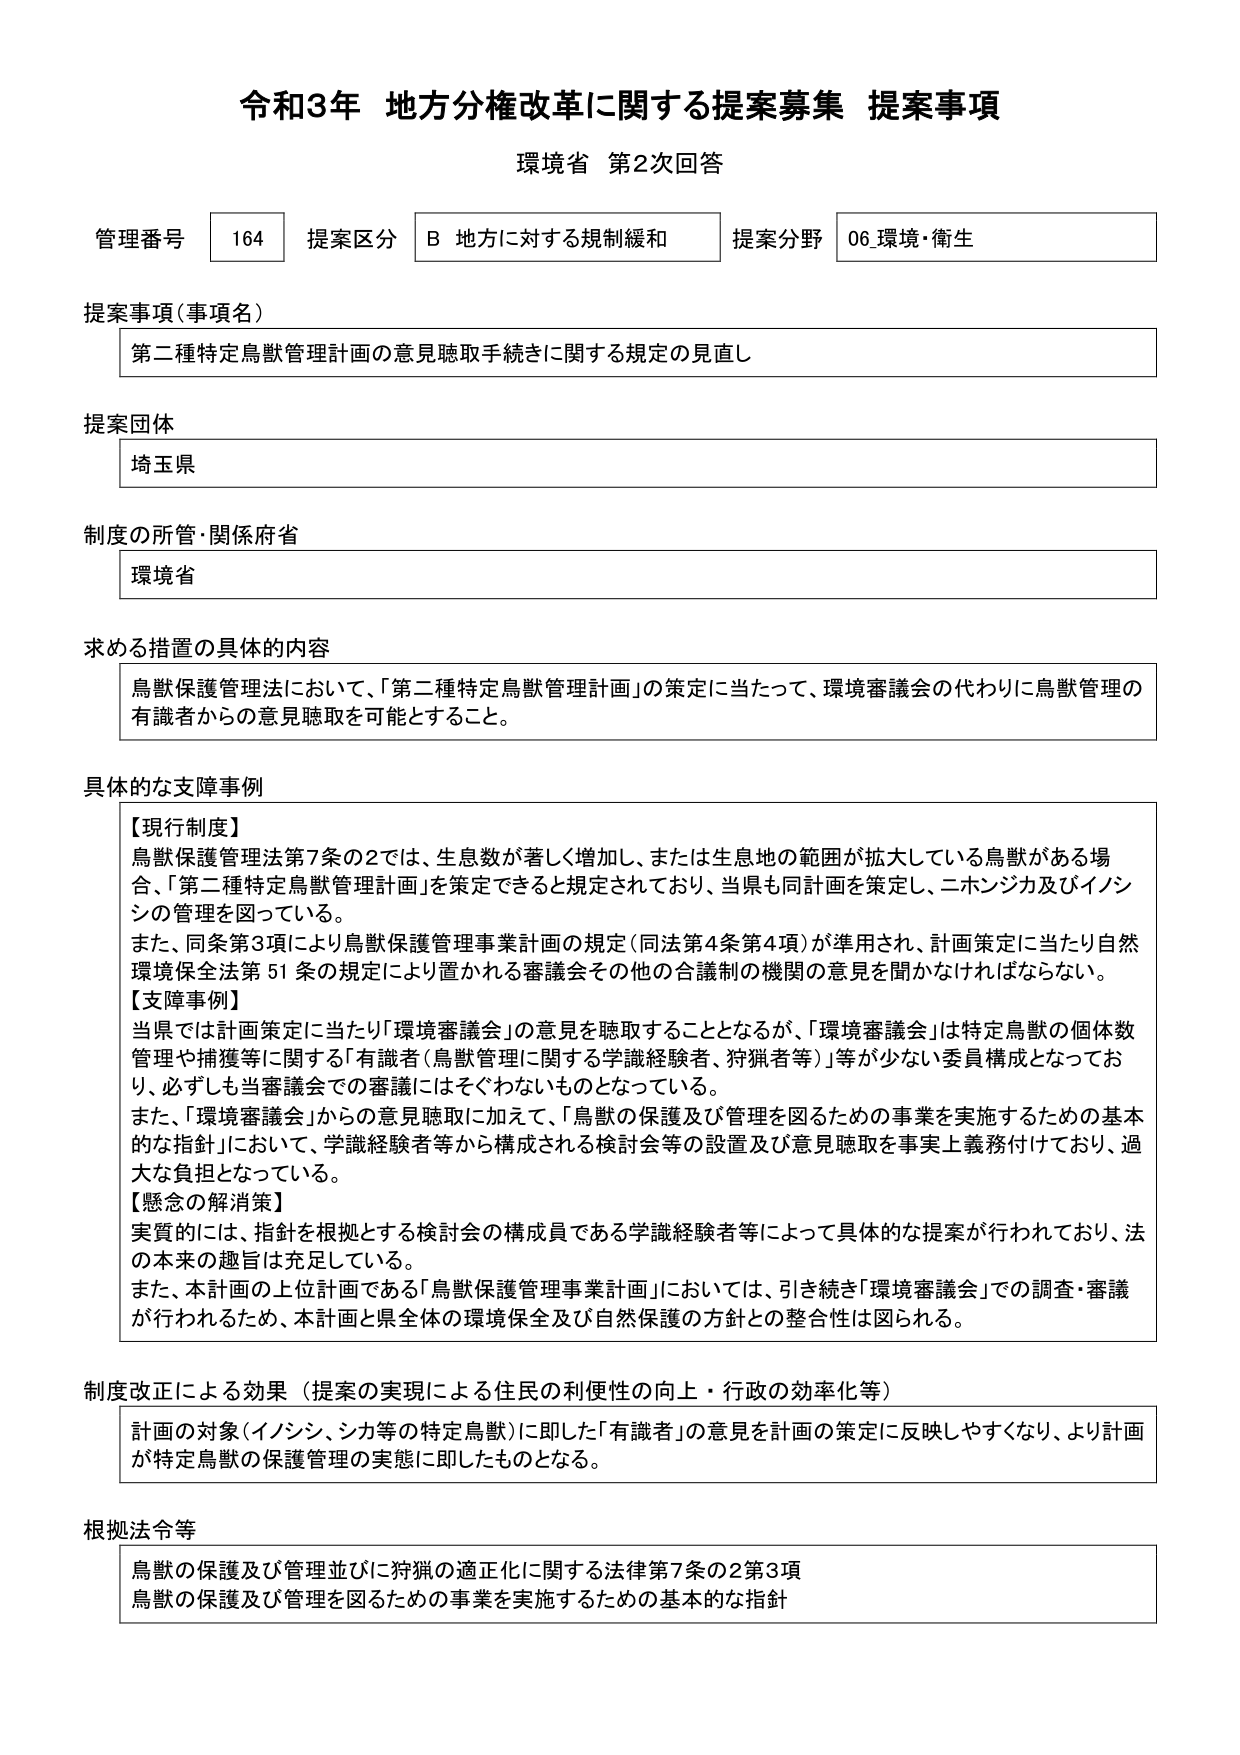
令和3年 地方分権改革に関する提案募集 提案事項
環境省 第2次回答

管理番号 164 提案区分 B 地方に対する規制緩和 提案分野 06 環境・衛生

提案事項（事項名）
第二種特定鳥獣管理計画の意見聴取手続きに関する規定の見直し

提案団体
埼玉県

制度の所管・関係府省
環境省

求める措置の具体的内容
鳥獣保護管理法において、「第二種特定鳥獣管理計画」の策定に当たって、環境審議会の代わりに鳥獣管理の有識者からの意見聴取を可能とすること。

具体的な支障事例
【現行制度】
鳥獣保護管理法第7条の2では、生息数が著しく増加し、または生息地の範囲が拡大している鳥獣がある場合、「第二種特定鳥獣管理計画」を策定できると規定されており、当県も同計画を策定し、ニホンジカ及びイノシシの管理を図っている。
また、同条第3項により鳥獣保護管理事業計画の規定（同法第4条第4項）が準用され、計画策定に当たり自然環境保全法第51条の規定により置かれる審議会その他の合議制の機関の意見を聞かなければならない。

【支障事例】
当県では計画策定に当たり「環境審議会」の意見を聴取することとなるが、「環境審議会」は特定鳥獣の個体数管理や捕獲等に関する「有識者（鳥獣管理に関する学識経験者、狩猟者等）」等が少ない委員構成となっており、必ずしも当審議会での審議にはそぐわないものとなっている。
また、「環境審議会」からの意見聴取に加えて、「鳥獣の保護及び管理を図るための事業を実施するための基本的な指針」において、学識経験者等から構成される検討会等の設置及び意見聴取を事実上義務付けており、過大な負担となっている。

【懸念の解消策】
実質的には、指針を根拠とする検討会の構成員である学識経験者等によって具体的な提案が行われており、法の本来の趣旨は充足している。
また、本計画の上位計画である「鳥獣保護管理事業計画」においては、引き続き「環境審議会」での調査・審議が行われるため、本計画と県全体の環境保全及び自然保護の方針との整合性は図られる。

制度改正による効果（提案の実現による住民の利便性の向上・行政の効率化等）
計画の対象（イノシシ、シカ等の特定鳥獣）に即した「有識者」の意見を計画の策定に反映しやすくなり、より計画が特定鳥獣の保護管理の実態に即したものとなる。

根拠法令等
鳥獣の保護及び管理並びに狩猟の適正化に関する法律第7条の2第3項
鳥獣の保護及び管理を図るための事業を実施するための基本的な指針